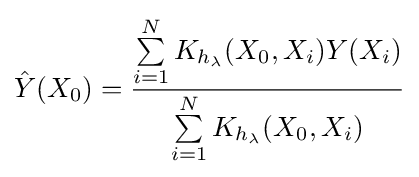
{\hat {Y}}(X_{0})={\frac {\sum \limits _{i=1}^{N}{K_{h_{\lambda }}(X_{0},X_{i})Y(X_{i})}}{\sum \limits _{i=1}^{N}{K_{h_{\lambda }}(X_{0},X_{i})}}}